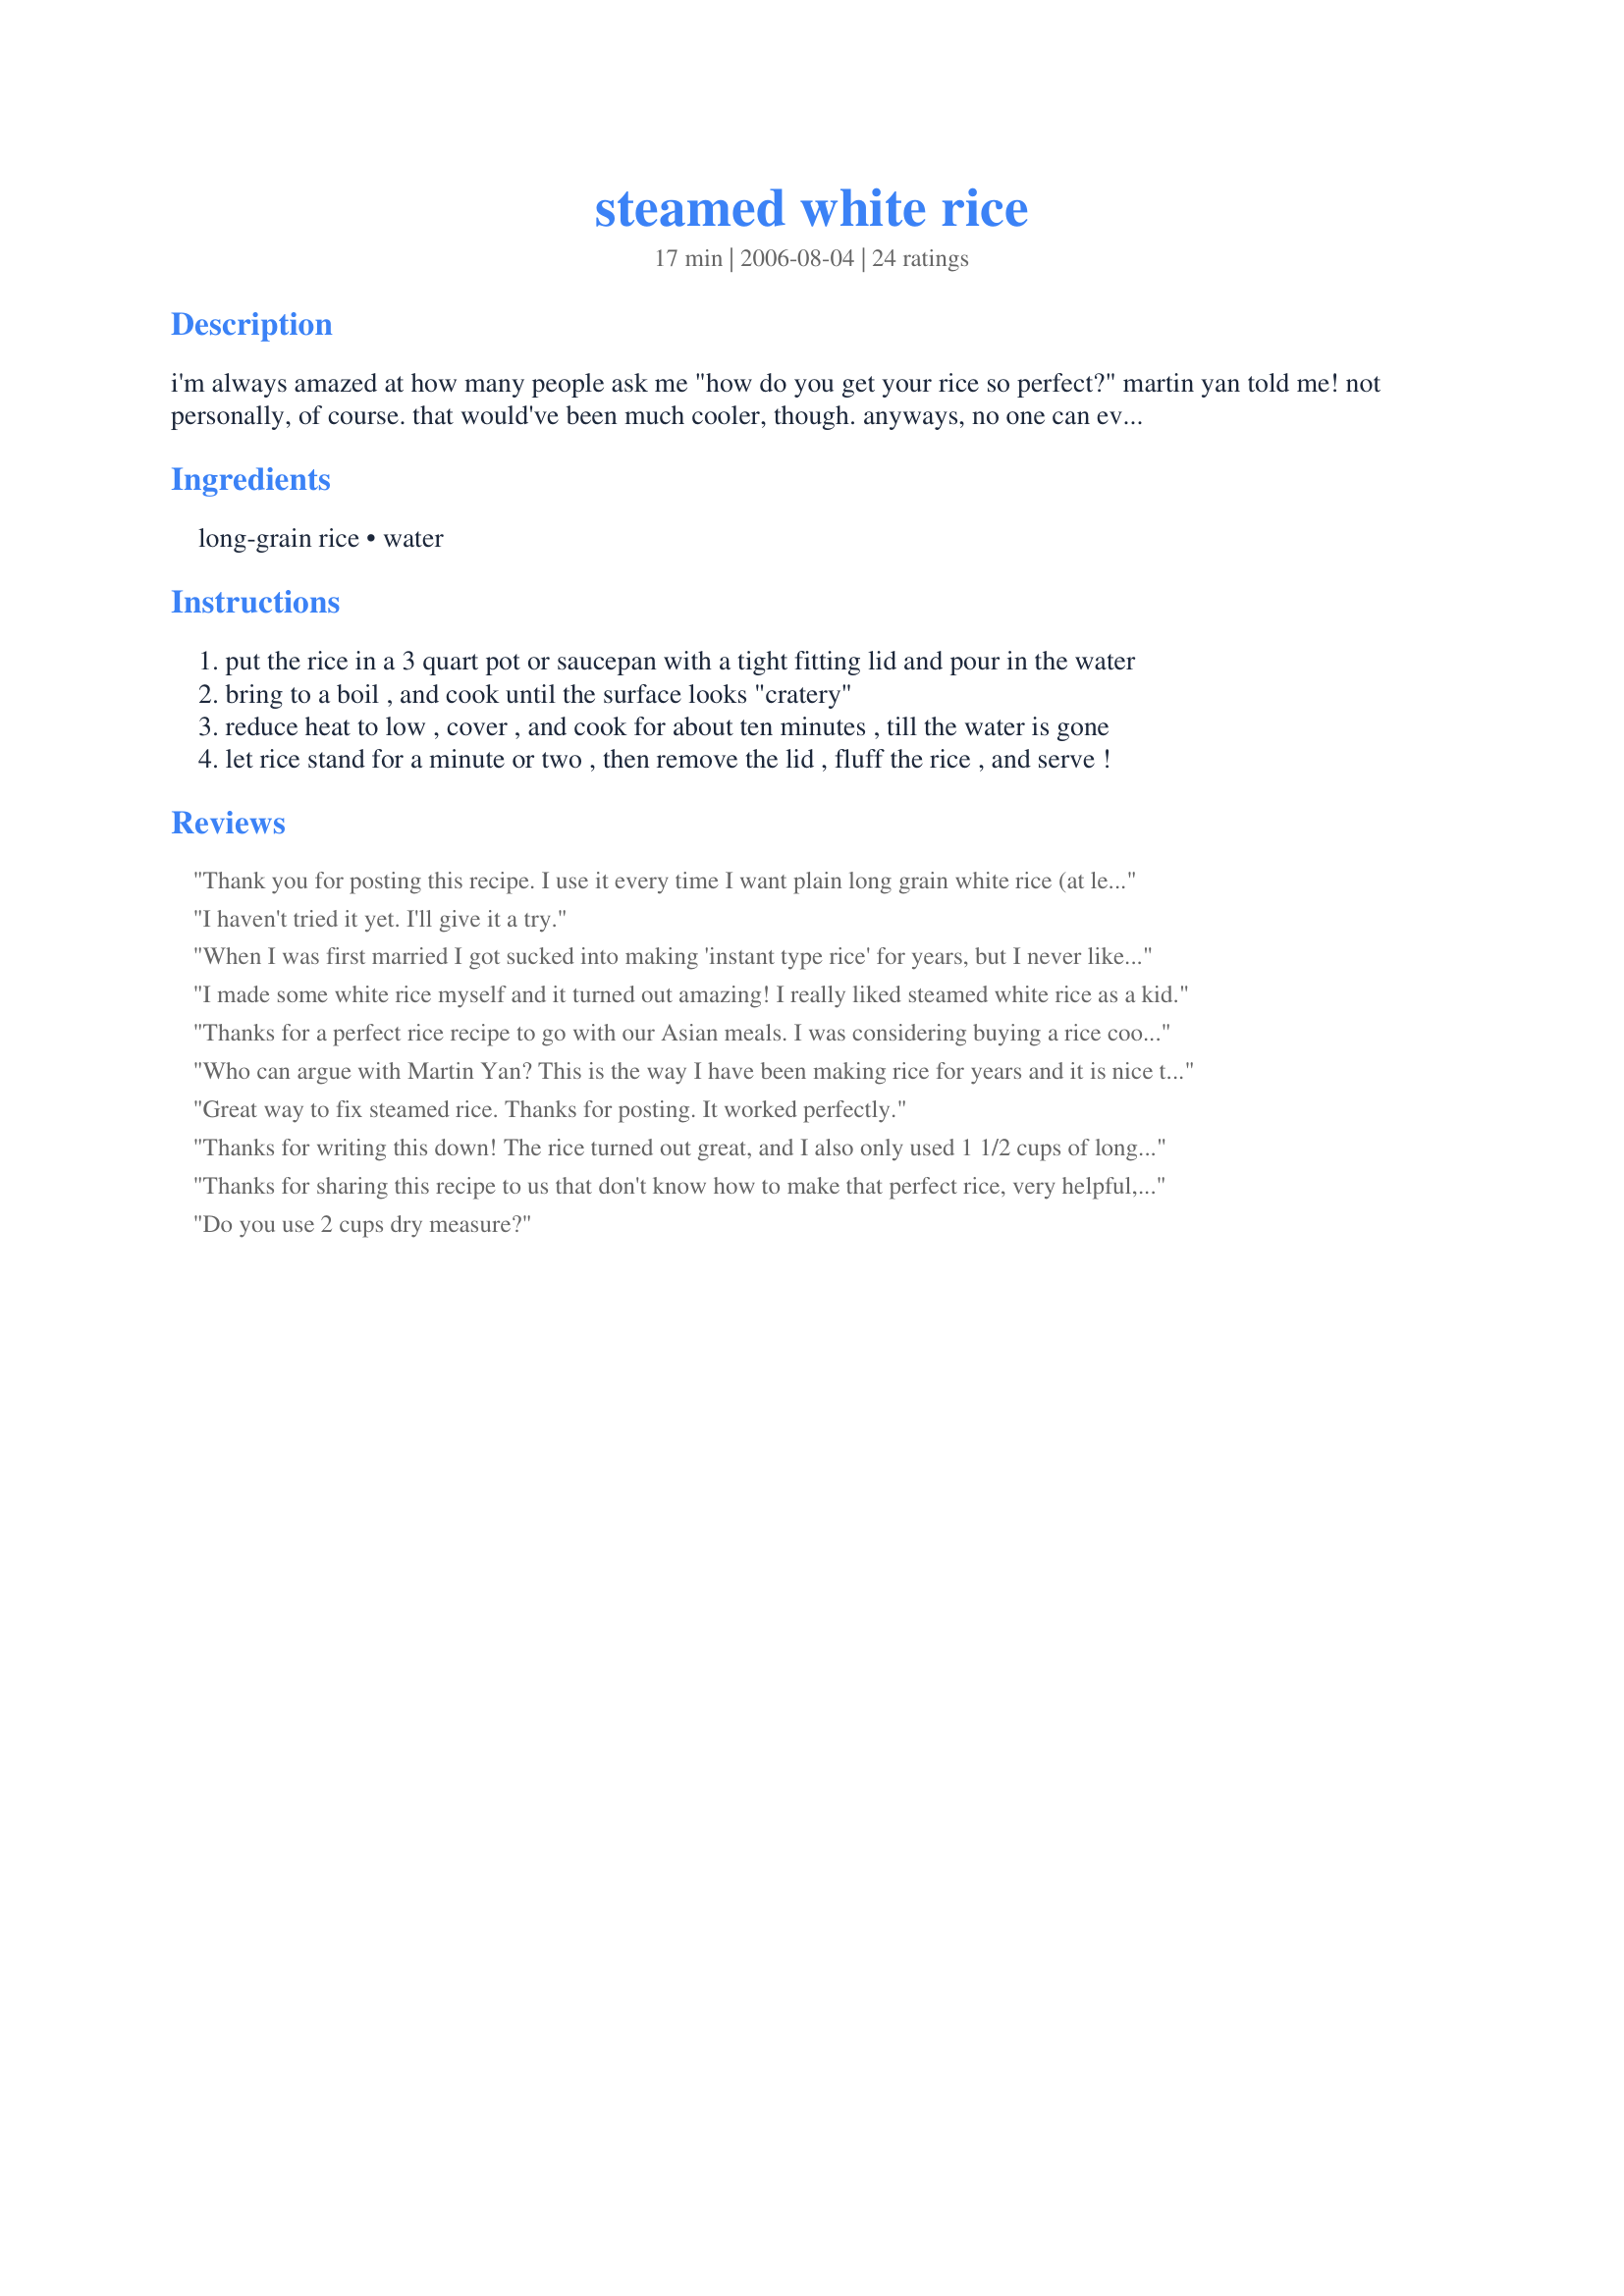
steamed white rice
Preparation time: 17 minutes

i'm always amazed at how many people ask me "how do you get your rice so perfect?" martin yan told me! not personally, of course. that would've been much cooler, though. anyways, no one can ever remember what i told them, so i'm posting it here.

Ingredients:
long-grain rice, water

Steps:
put the rice in a 3 quart pot or saucepan with a tight fitting lid and pour in the water
bring to a boil , and cook until the surface looks "cratery"
reduce heat to low , cover , and cook for about ten minutes , till the water is gone
let rice stand for a minute or two , then remove the lid , fluff the rice , and serve !

Reviews:
Thank you for posting this recipe. I use it every time I want plain long grain white rice (at least once a week), and it works every time (as long as I don't let it sit too long in the hot pan!). Using this method I finally can make good white rice. I really can't thank you enough.
I haven't tried it yet. I'll give it a try.
When I was first married I got sucked into making 'instant type rice' for years, but I never liked it as well as REAL rice! To be honest the times I had tried regular rice it was either crunchy or mushy. I have tried this method about 5 times and have had PERFECT SUCCESS every time. Thanks so much!
I made some white rice myself and it turned out amazing! I really liked steamed white rice as a kid.
Thanks for a perfect rice recipe to go with our Asian meals. I was considering buying a rice cooker, but this recipe is easy enough that I won't be buying one after all. Thanks!
Who can argue with Martin Yan? This is the way I have been making rice for years and it is nice to it post. I made as written, thanks for the post.
Great way to fix steamed rice. Thanks for posting. It worked perfectly.
Thanks for writing this down! The rice turned out great, and I also only used 1 1/2 cups of long grain white rice and 2 1/2 cups water The timing was great. I love Martin Yan, grew up watching him. So thanks to both of you! :)
Thanks for sharing this recipe to us that don't know how to make that perfect rice, very helpful, I too will pass it on. Thanks Again. oh yeah I saved it in my cookbook so I can always have it. Thanks again!!!
Do you use 2 cups dry measure?
This rice saved my marriage.
This is the classic way to steam rice and so many don't know how easy it is. Sometimes I also like to melt through a little butter at the end while fluffing the rice.
I've made my rice this way for the past few months and it always turns out PERFECT! Thanks you so much!!! Now, I finally can make white rice that is edible.
I make lousy rice. Until now. Thanks for much for the perfect way to make rice.
Looking for a plain rice recipe to serve with Recipe #45809. This was perfect. Used broth ipo water from chicken that I had boiled (chix for buffalo chicken wraps for DD lunch not the recipe that I served the rice with)
Slightly harder than I usually like. No one complained, though. Portions were perfect.
This worked perfectly. I love that methods like this save me money that I don't want to spend on a space-consiming rice cooker. I really don't think you can mess up if you cook the rice exactly according to the recipe. It's especially great that this method requires no added fat. Thanks for a great method I'll use often!
The best rice we've ever cooked. Not too mushy and not a bit crunchy. Thanks!
Wow- I can never get my rice right...until now! It came out great. I'll be using this recipe for now on. (I halved the recipe)
this recipe comes out perfect every time!!! awesome! thank you very much for it!
Perfect every single time! My husband LOVES white rice, but I've always been afraid of cooking it because it never turns out right. Not any more!! Thank you!!
I have always had trouble making rice; too sticky or too dry and stuck to the pot! Using this recipe, I have finally made edible rice! Thank you so much!
Never thought it will be so easy to make very nice
Best recipe I have found! So easy!
